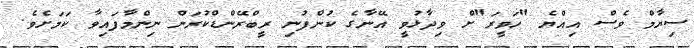
ސިޔާމް ވެސް އިއްޔެ "ހަވީރަ"ށް ވިދާޅުވީ އޭނާގެ ކުންފުނިި ރީބްރޭންޑްކުރަން ނިންމާފައިވާ ކަމަށެވެ.